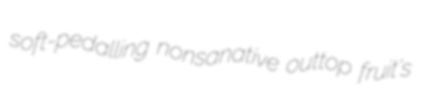
soft-pedalling nonsanative outtop fruit's